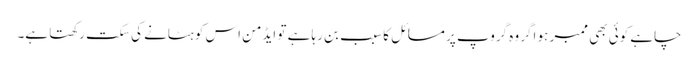
چاہے کوئی بھی ممبر ہو اگر وہ گروپ پر مسائل کا سبب بن رہا ہے تو ایڈمن اس کو ہٹانے کی سکت رکھتا ہے۔